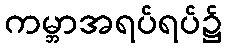
ကမ္ဘာအရပ်ရပ်၌